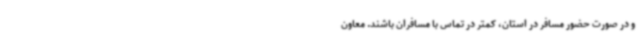
و در صورت حضور مسافر در استان، کمتر در تماس با مسافران باشند. معاون